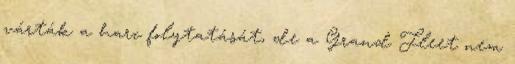
várták a harc folytatását, de a Grand Fleet nem